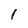
Character: 1